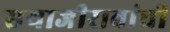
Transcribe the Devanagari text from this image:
सयाजीरावांची